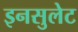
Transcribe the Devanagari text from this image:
इनसुलेट